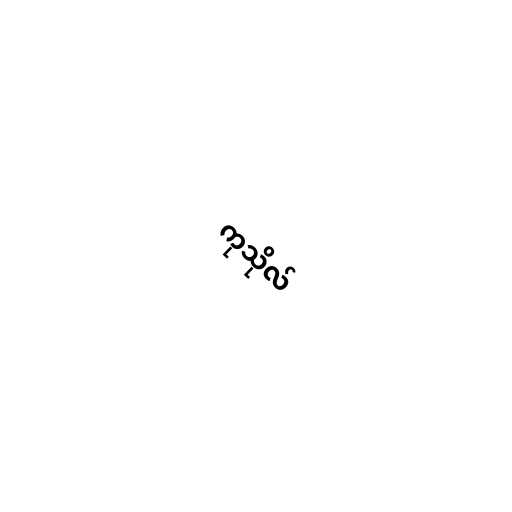
ကုသိုလ်